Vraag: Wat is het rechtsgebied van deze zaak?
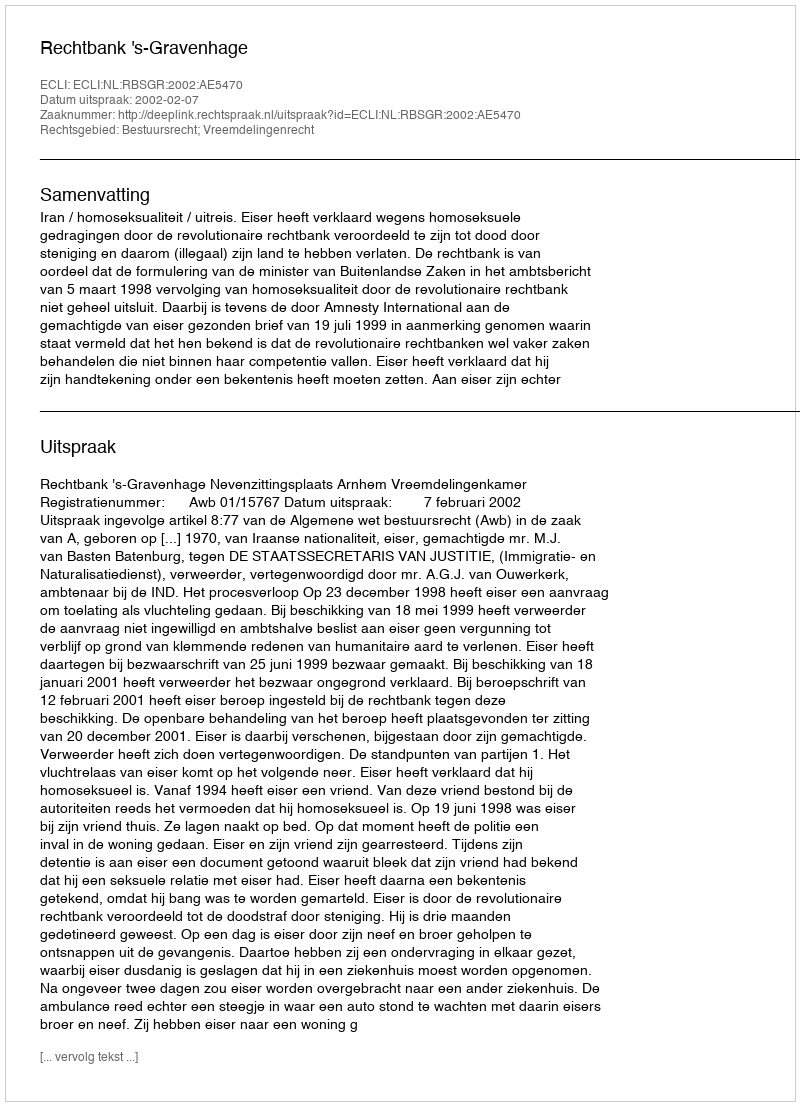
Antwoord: Bestuursrecht; Vreemdelingenrecht